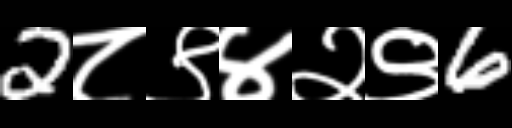
Text: 2८९४२९6